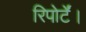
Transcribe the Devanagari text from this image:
रिपोर्टें।